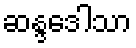
ဆန္ဒဒေါသာ